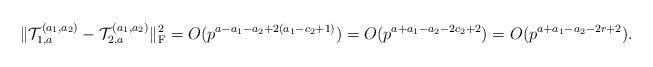
LaTeX: \begin{align*}\|\mathcal{T}_{1,a}^{(a_1,a_2)}-\mathcal{T}_{2,a}^{(a_1,a_2)}\|_{\rm F}^2=O(p^{a-a_1-a_2+2(a_1-c_2+1)})=O(p^{a+a_1-a_2-2c_2+2})=O(p^{a+a_1-a_2-2r+2}).\end{align*}